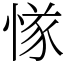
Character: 㥞